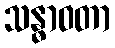
သန္ဓာဝတာ